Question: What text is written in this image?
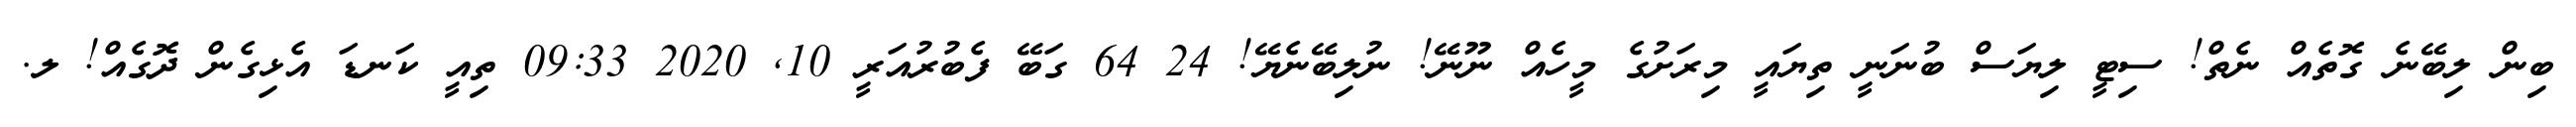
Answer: ބިން ލިބޭނެ ގޮތެއް ނެތް! ސިޓީ ލިޔަސް ބުނަނީ ތިޔައީ މިރަށުގެ މީހެއް ނޫނޭ! ނުލިބޭނެޔޭ! 24 64 ގަބޭ ފެބުރުއަރީ 10, 2020 09:33 ތިއީ ކަނޑަ އެޅިގެން ދޮގެއް! ލ.